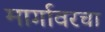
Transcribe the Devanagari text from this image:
मार्गावरचा